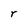
Character: r